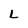
Character: L